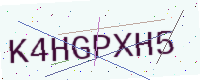
Text: K4HGPXH5